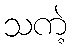
သကဲ့